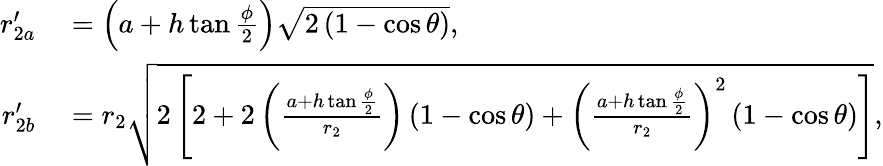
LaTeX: \begin{array}{rl}{r_{2a}^{\prime}}&{{}=\left(a+h\tan{\frac{\phi}{2}}\right)\sqrt{2\left(1-\cos\theta\right)},}\\ {r_{2b}^{\prime}}&{{}=r_{2}\sqrt{2\left[2+2\left(\frac{a+h\tan{\frac{\phi}{2}}}{r_{2}}\right)\left(1-\cos\theta\right)+\left(\frac{a+h\tan{\frac{\phi}{2}}}{r_{2}}\right)^{2}\left(1-\cos\theta\right)\right]},}\end{array}